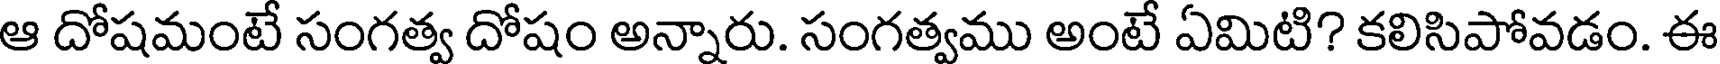
ఆ దోషమంటే సంగత్వ దోషం అన్నారు. సంగత్వము అంటే ఏమిటి? కలిసిపోవడం. ఈ